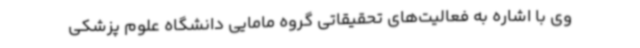
وی با اشاره به فعالیت‌های تحقیقاتی گروه مامایی دانشگاه علوم پزشکی